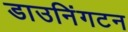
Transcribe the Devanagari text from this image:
डाउनिंगटन